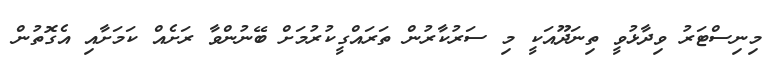
މިނިސްޓަރު ވިދާޅުވީ ތިނަދޫއަކީ މި ސަރުކާރުން ތަރައްގީކުރުމަށް ބޭނުންވާ ރަށެއް ކަމަށާއި އެގޮތުން